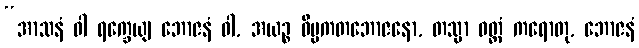
“အာသနံ ဝါ ရက္ခေယျ ဘောဇနံ ဝါ, အယဉ္စ ဝိပ္ပကတဘောဇနော, တသ္မာ ဝတ္တံ ကရောတု, ဘောဇနံ